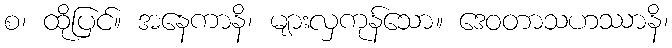
စ၊ ထိုပြင်။ အနေကာနိ၊ များလှကုန်သော။ ဒေဝတာသဟဿာနိ၊